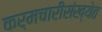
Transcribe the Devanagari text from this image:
कर्मचारीसंख्येत